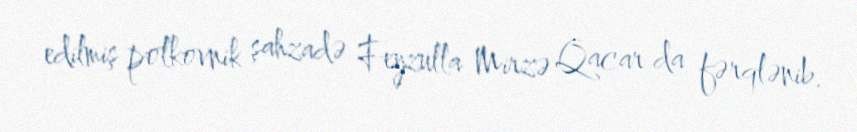
edilmiş polkovnik şahzadə Feyzulla Mirzə Qacar da fərqlənib.